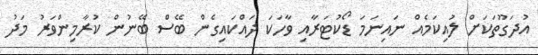
އުދަގޫތަކަށް ލުއިކަމެއް ނައިނަމަ ޑޯކުޓަރާއި ވާހަކަ ދައްކައިގެން ބޭސް ބޭނުން ކުރާމިންވަރު މަދު